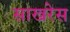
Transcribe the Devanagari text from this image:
साखरेस